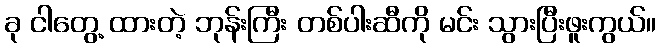
ခု ငါတွေ့ ထားတဲ့ ဘုန်းကြီး တစ်ပါးဆီကို မင်း သွားပြီးဖူးကွယ်။